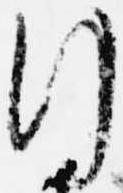
行